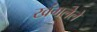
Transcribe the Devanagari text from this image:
खंगलेले